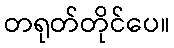
တရုတ်တိုင်ပေ။